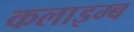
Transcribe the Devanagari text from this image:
कलाइम्ब